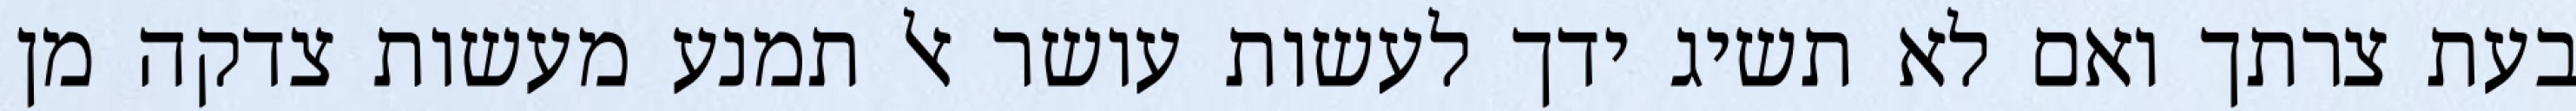
בעת צרתך ואם לא תשיג ידך לעשות עושר אל תמנע מעשות צדקה מן